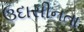
ઉદાસીનતા